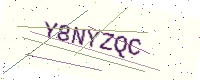
Text: Y8NYZQC